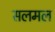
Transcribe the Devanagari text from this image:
सलमल